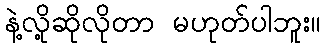
နဲ့လို့ဆိုလိုတာ မဟုတ်ပါဘူး။